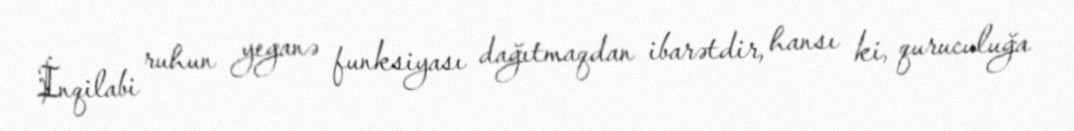
İnqilabi ruhun yeganə funksiyası dağıtmaqdan ibarətdir, hansı ki, quruculuğa